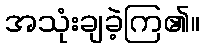
အသုံးချခဲ့ကြ၏။